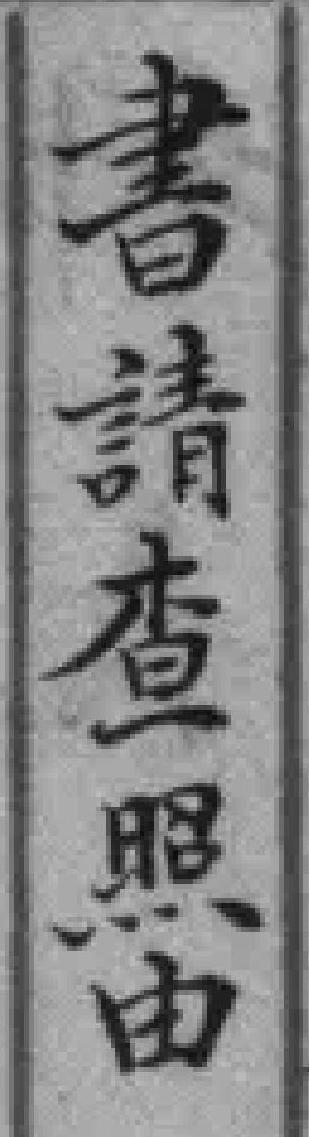
書請查照由